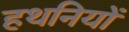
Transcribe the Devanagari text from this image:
हथनियों